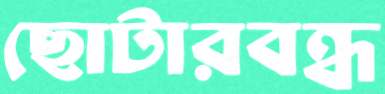
ছোটারবন্ধ